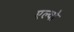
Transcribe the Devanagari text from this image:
एल्वो